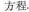
方程。